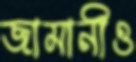
জামানীও